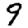
Digit: 9